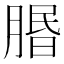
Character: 𦝮